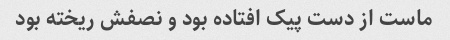
ماست از دست پیک افتاده بود و نصفش ریخته بود